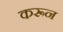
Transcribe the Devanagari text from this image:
करून